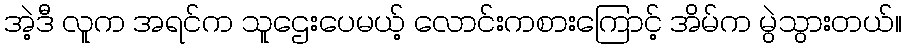
အဲ့ဒီ လူက အရင်က သူဌေးပေမယ့် လောင်းကစားကြောင့် အိမ်က မွဲသွားတယ်။